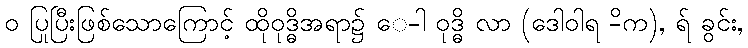
ဝ ပြုပြီးဖြစ်သောကြောင့် ထိုဝုဒ္ဓိအရာ၌ ေ-ါ ဝုဒ္ဓိ လာ (ဒေါဝါရ -ိက), ရ် ခွင်း,